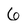
Character: 6